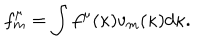
f _ { m } ^ { \mu } = \int f ^ { \mu } ( \kappa ) v _ { m } ( \kappa ) d \kappa .